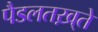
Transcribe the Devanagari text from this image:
पैडलतख़्ते